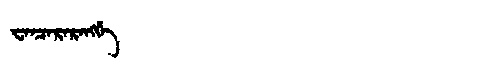
Manchu: ᠸᠠᠨᠴᠠᡵᠠᡵᠠᠩᡤᡝ
Romanization: WANCARARANGGE